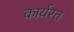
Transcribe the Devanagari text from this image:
कार्यरत